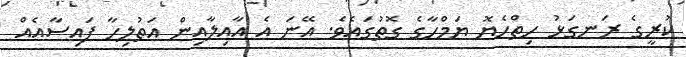
ކުރީގެ ރަނގަޅު ހިތްހެޔޮ ޔަމްހާގެ ގޮތުގައެވެ. އޭނަ އެ އާއިލާއިން އަތުލިހާ ފައިސާއެއް